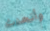
وأتحدث